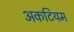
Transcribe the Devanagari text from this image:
अकटियम